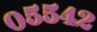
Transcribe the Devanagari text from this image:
०५५४२